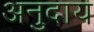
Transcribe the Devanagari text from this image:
अनुदाय